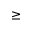
\geq